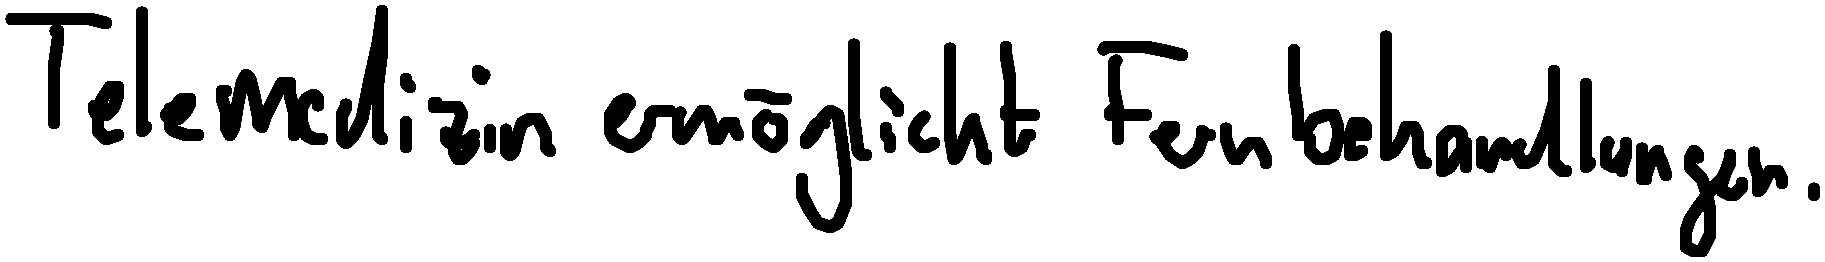
Telemedizin ermöglicht Fernbehandlungen.